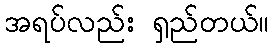
အရပ်လည်း ရှည်တယ်။